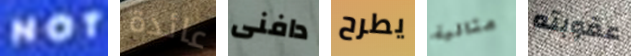
NOT عائدة دافنى يطرح مثالية عقوبته